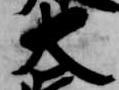
大